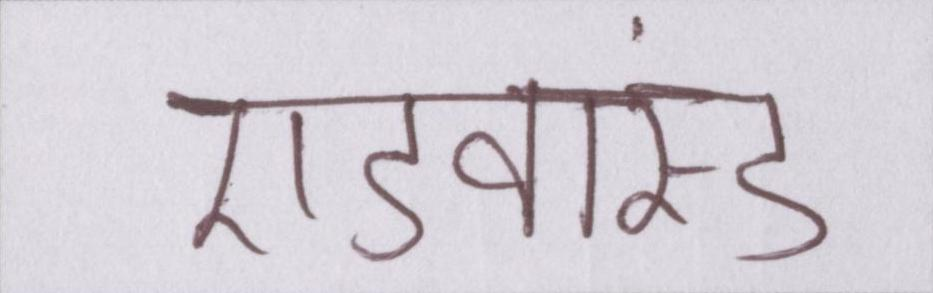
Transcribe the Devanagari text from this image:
एडवांस्ड